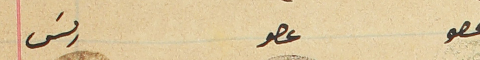
عصو                     عصو       رىس